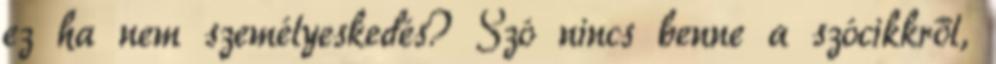
ez ha nem személyeskedés? Szó nincs benne a szócikkről,